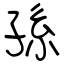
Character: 孫